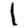
Digit: 1